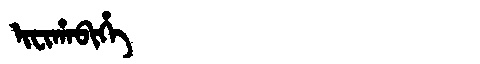
Manchu: ᡳᠸᡳᡥᠠᠪᡳᡥᡝ
Romanization: IFIHABIHE